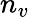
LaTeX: n_{v}